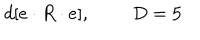
LaTeX: d [ e \cdot R \cdot e ] , \; \; D = 5